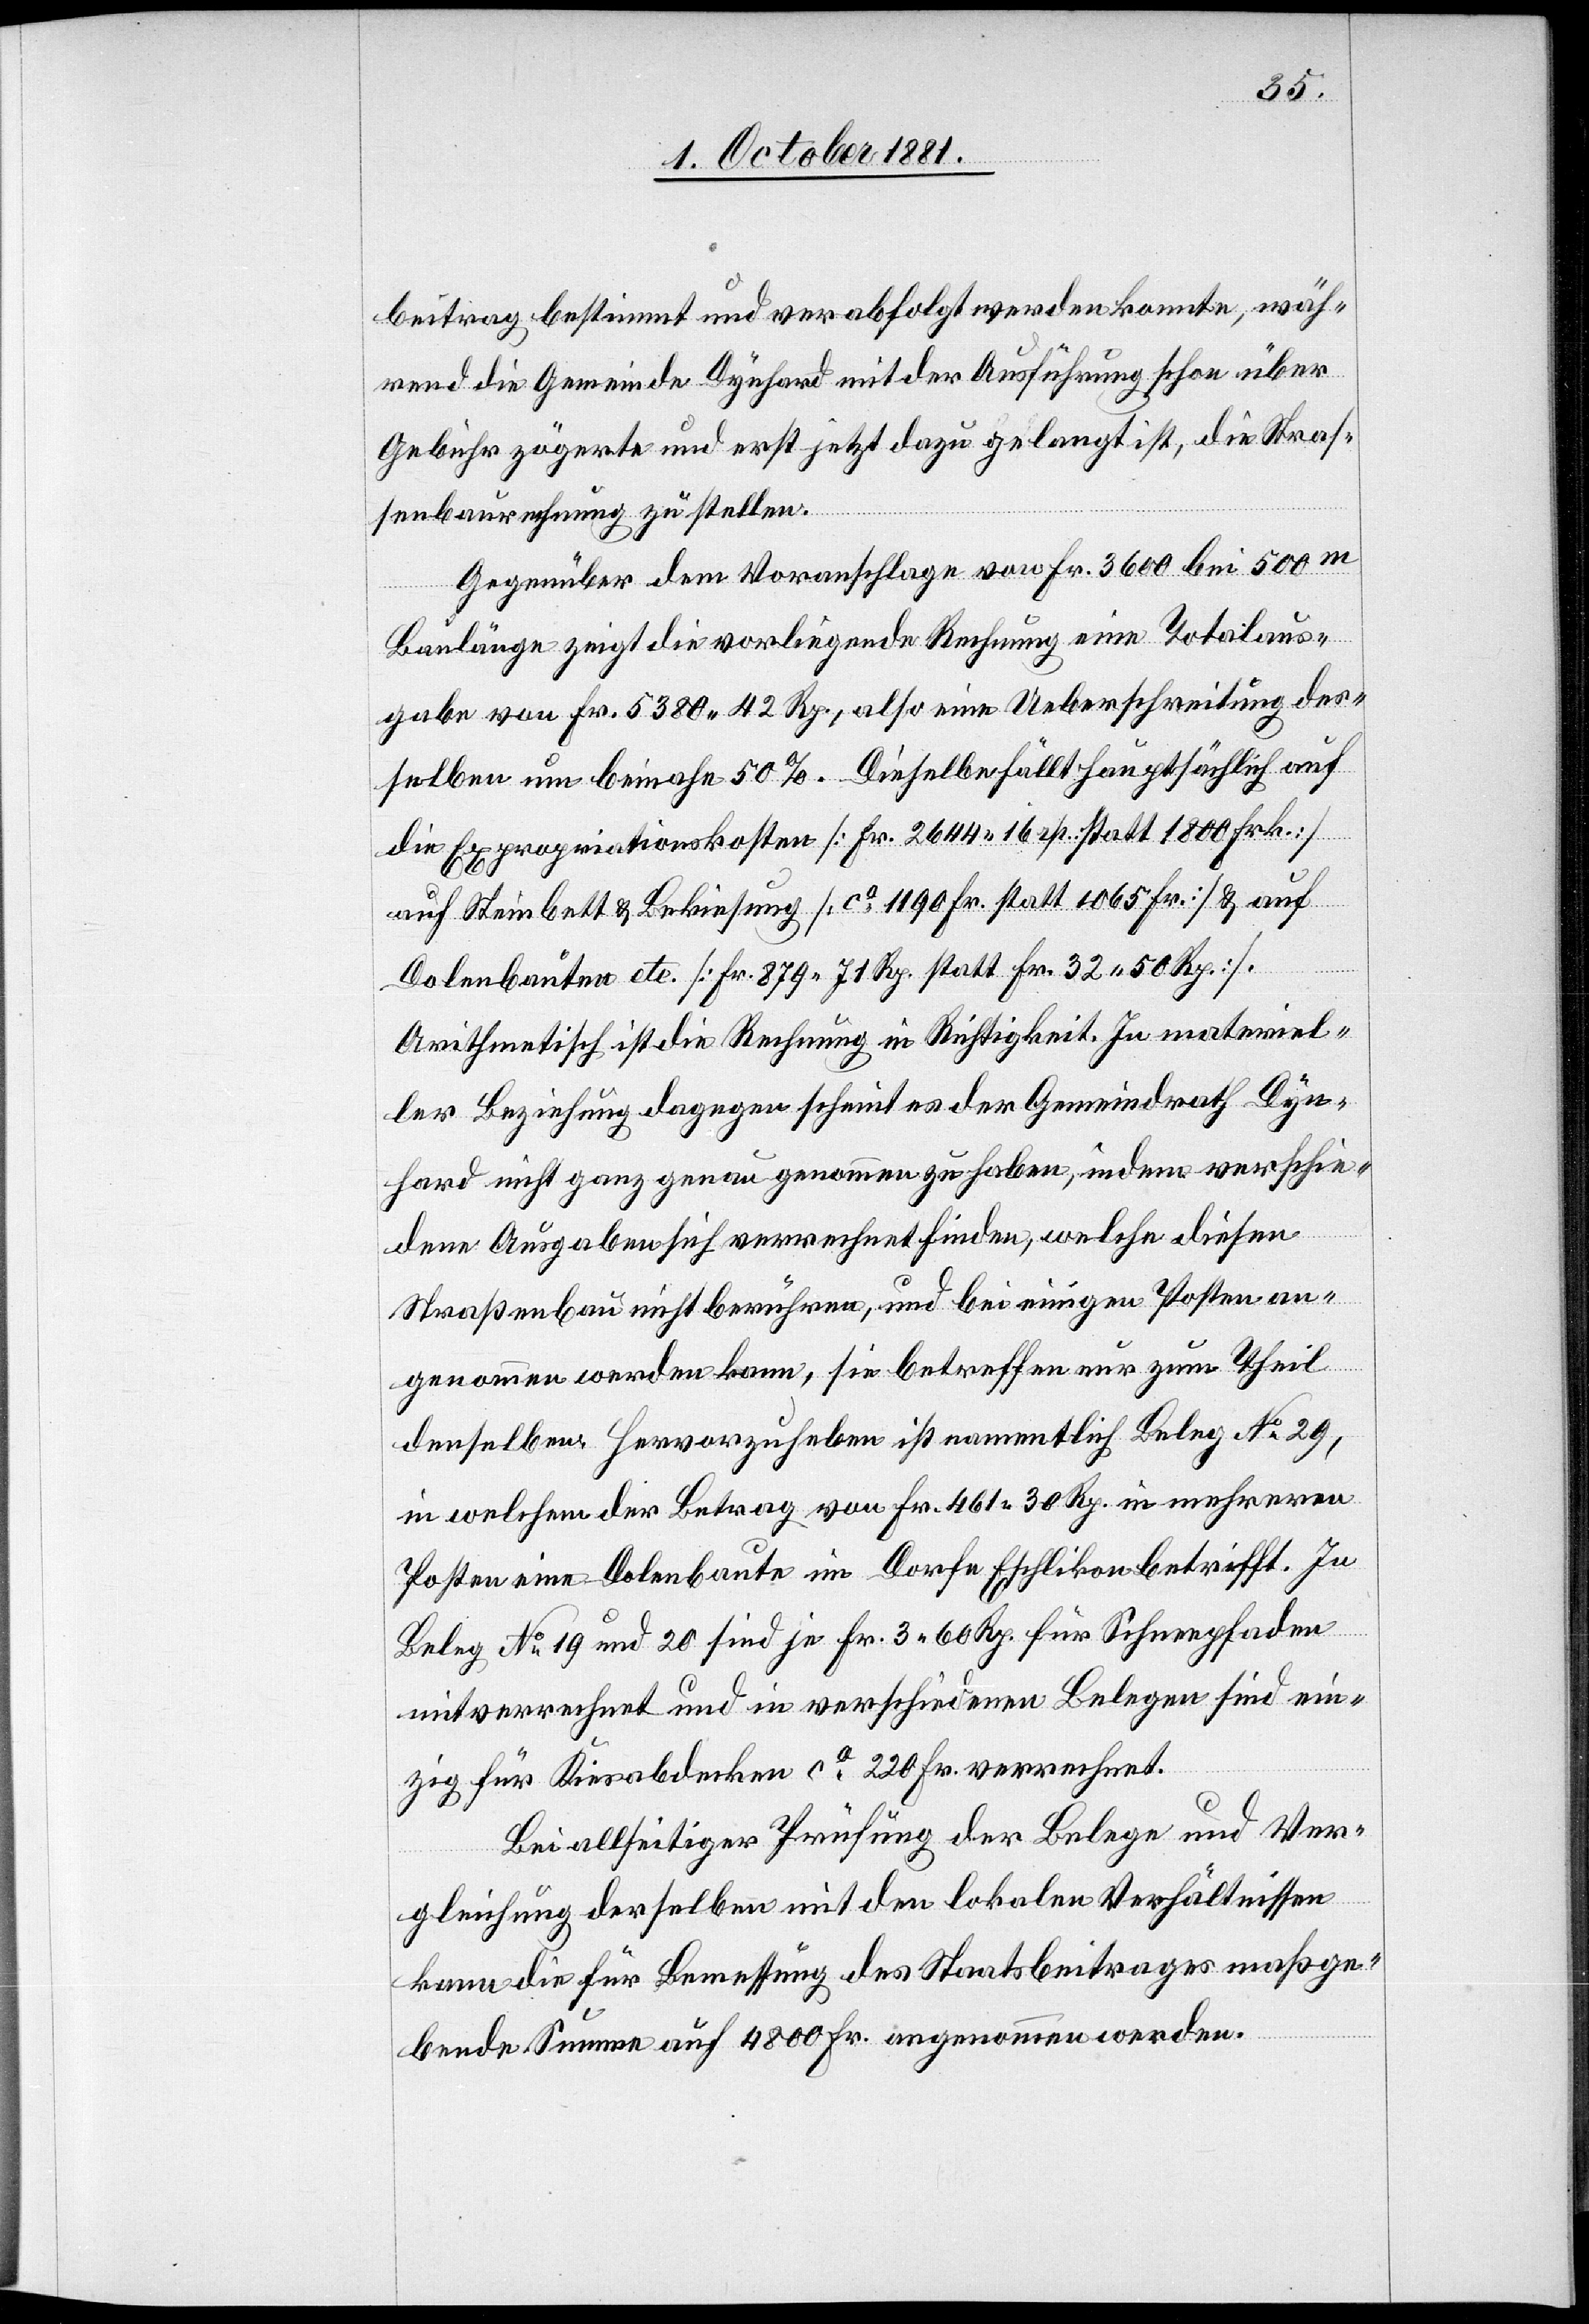
beitrag bestimmt und verabfolgt werden konnte, wäh¬
rend die Gemeinde Dynhard mit der Ausführung schon über
Gebühr zögerte und erst jetzt dazu gelangt ist, die Straß¬
enbaurechnung zu stellen.
Gegenüber dem Voranschlage von Fr. 3600 bei 500m
Baulänge zeigt die vorliegende Rechnung eine Totalaus¬
gabe von Fr. 5380 42 Rp., also eine Ueberschreitung des¬
selben um beinahe 50%. Dieselbe fällt hauptsächlich auf
die Expropriationskosten [Fr. 2644 16 rp., statt 1800 Frk.][,]
auf Steinbett & Bekiesung [ca 1190 Fr. statt 1065 Fr.] & auf
Dolenbauten etc. [Fr. 879 71 Rp. statt Fr. 32 50 Rp.].
Arithmetisch ist die Rechnung in Richtigkeit. In materiel¬
ler Beziehung dagegen scheint es der Gemeindrath Dyn¬
hard nicht ganz genau genommen zu haben, indem verschie¬
dene Ausgaben sich verrechnet finden, welche diesen
Straßenbau nicht berühren, und bei einigen Posten an¬
genommen werden kann, sie betreffen nur zum Theil
denselben: Hervorzuheben ist namentlich Beleg No 29,
in welchem der Betrag von Fr. 461 30 Rp. in mehreren
Posten eine Dolenbaute im Dorfe Eschlikon betrifft. In
Beleg No 19 und 20 sind je Fr. 3 60 Rp. für Schneepfaden
mitverrechnet und in verschiedenen Belegen sind ein¬
zig für Kiesabdecken ca 220 Fr. verrechnet.
Bei allseitiger Prüfung der Belege und Ver¬
gleichung derselben mit den lokalen Verhältnissen
kann die für Bemessung des Staatsbeitrages maßge¬
bende Summe auf 4800 Fr. angenommen werden.